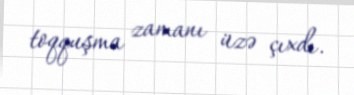
toqquşma zamanı üzə çıxdı.